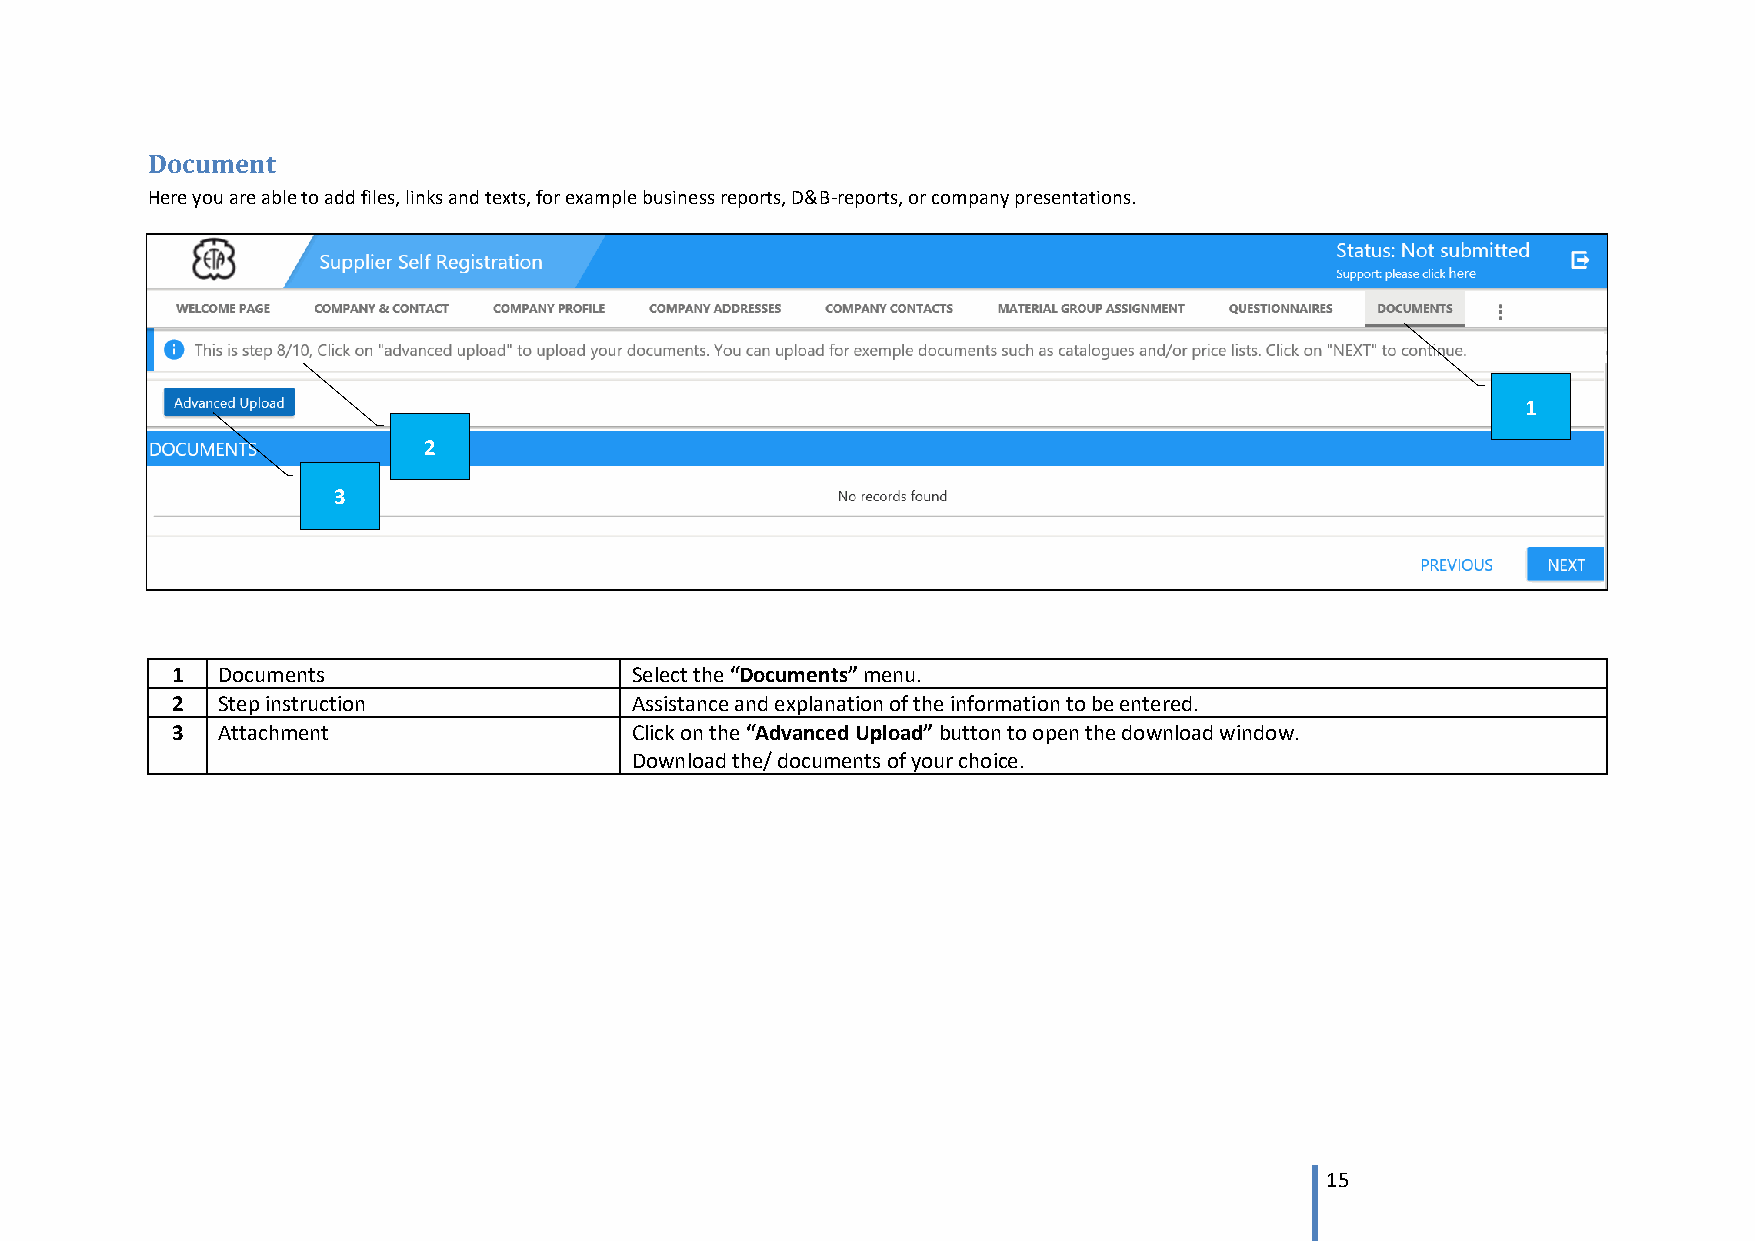
Document
 Here you are able to add files, links and texts, for example business reports, D&B-reports, or company presentations.
 1
 2
 3
 1  Documents                   Select the “Documents” menu.
 2  Step instruction            Assistance and explanation of the information to be entered.
 3  Attachment                  Click on the “Advanced Upload” button to open the download window.
 Download the/ documents of your choice.
 15